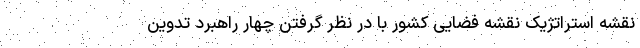
نقشه استراتژیک نقشه فضایی کشور با در نظر گرفتن چهار راهبرد تدوین